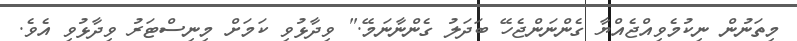
މިތަނުން ނިކުމެވިއްޖެއްޔާ ގެންނަންޖެހޭ ބަދަލު ގެންނާނަމޭ." ވިދާޅުވި ކަމަށް މިނިސްޓަރު ވިދާޅުވި އެވެ.